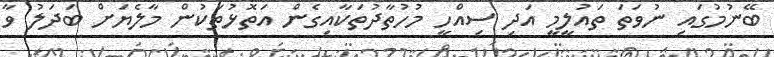
ބޭނުމުގައި ނުވަތަ ތައުލީމީ އަދި ސިއްހީ މުހުތާދުތަކާއިގެން އަތޮޅުތަކުން މާލެޔަށް ބަދަލު ވާ